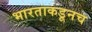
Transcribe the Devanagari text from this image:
भारताकडूनच